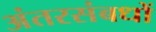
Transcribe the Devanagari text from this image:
अंतरसंबधों